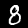
Digit: 8